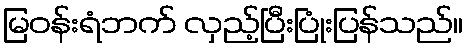
မြဝန်းရံဘက် လှည့်ပြီးပြုံးပြန်သည်။